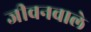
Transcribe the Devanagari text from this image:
जीवनवाले